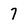
Character: 7